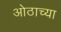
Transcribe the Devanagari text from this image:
ओठाच्या